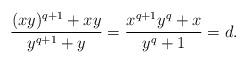
LaTeX: \begin{align*}\frac{(xy)^{q+1} + xy}{y^{q+1} + y} = \frac{x^{q+1}y^q + x}{y^{q} + 1} = d.\end{align*}